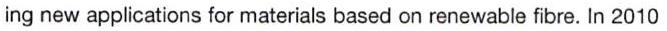
ing new applications for materials based on renewable fibre. In 2010